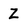
Character: Z